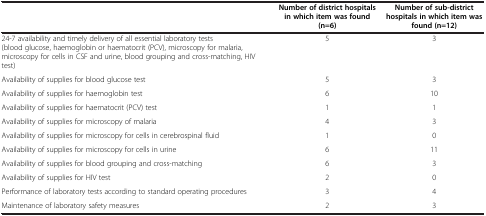
<table><thead><tr><td><b> </b></td><td><b>Number of district hospitals in which item was found (n=6)</b></td><td><b>Number of sub-district hospitals in which item was found (n=12)</b></td></tr></thead><tbody><tr><td>24-7 availability and timely delivery of all essential laboratory tests (blood glucose, haemoglobin or haematocrit (PCV), microscopy for malaria,microscopy for cells in CSF and urine, blood grouping and cross-matching, HIV test)</td><td>5</td><td>3</td></tr><tr><td>Availability of supplies for blood glucose test</td><td>5</td><td>3</td></tr><tr><td>Availability of supplies for haemoglobin test</td><td>6</td><td>10</td></tr><tr><td>Availability of supplies for haematocrit (PCV) test</td><td>1</td><td>1</td></tr><tr><td>Availability of supplies for microscopy of malaria</td><td>4</td><td>3</td></tr><tr><td>Availability of supplies for microscopy for cells in cerebrospinal fluid</td><td>1</td><td>0</td></tr><tr><td>Availability of supplies for microscopy for cells in urine</td><td>6</td><td>11</td></tr><tr><td>Availability of supplies for blood grouping and cross-matching</td><td>6</td><td>3</td></tr><tr><td>Availability of supplies for HIV test</td><td>2</td><td>0</td></tr><tr><td>Performance of laboratory tests according to standard operating procedures</td><td>3</td><td>4</td></tr><tr><td>Maintenance of laboratory safety measures</td><td>2</td><td>3</td></tr></tbody></table>